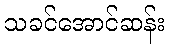
သခင်အောင်ဆန်း